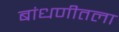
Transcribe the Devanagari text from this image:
बांधणीतला